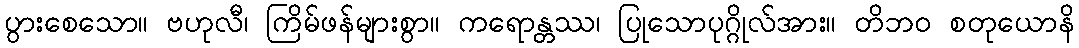
ပွားစေသော။ ဗဟုလီ၊ ကြိမ်ဖန်များစွာ။ ကရောန္တဿ၊ ပြုသောပုဂ္ဂိုလ်အား။ တိဘဝ စတုယောနိ